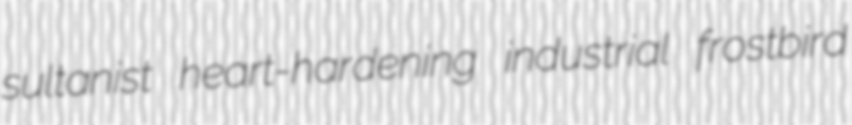
sultanist heart-hardening industrial frostbird